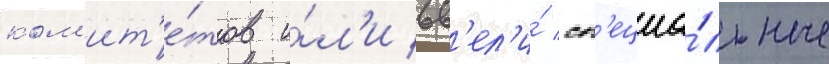
ком'ит'е́тов и́л'и вв'ел'и́ сп'ециа́льные